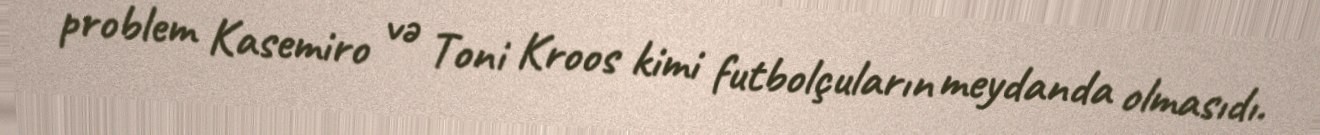
problem Kasemiro və Toni Kroos kimi futbolçuların meydanda olmasıdı.